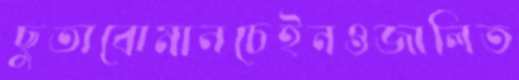
ছুতাবোমানচেইনওজালিত